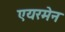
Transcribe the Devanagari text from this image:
एयरमेन